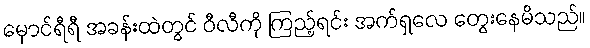
မှောင်ရီရီ အခန်းထဲတွင် ဝီလီကို ကြည့်ရင်း အက်ရှလေ တွေးနေမိသည်။